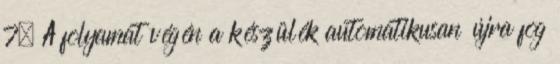
7, A folyamat végén a készülék automatikusan újra fog